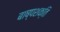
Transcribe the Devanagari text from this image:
बाष्पशक्ति